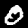
Label: 0